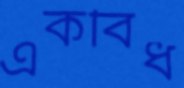
একবিধ